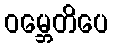
ဝမ္ဘေတိပေ